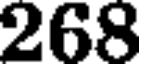
268